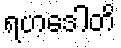
ရဟဒေါတိ